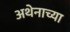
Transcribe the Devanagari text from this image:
अथेनाच्या